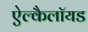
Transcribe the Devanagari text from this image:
ऐल्कैलॉयड